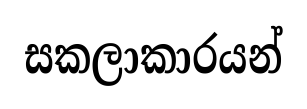
සකලාකාරයන්